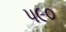
પ૯૦